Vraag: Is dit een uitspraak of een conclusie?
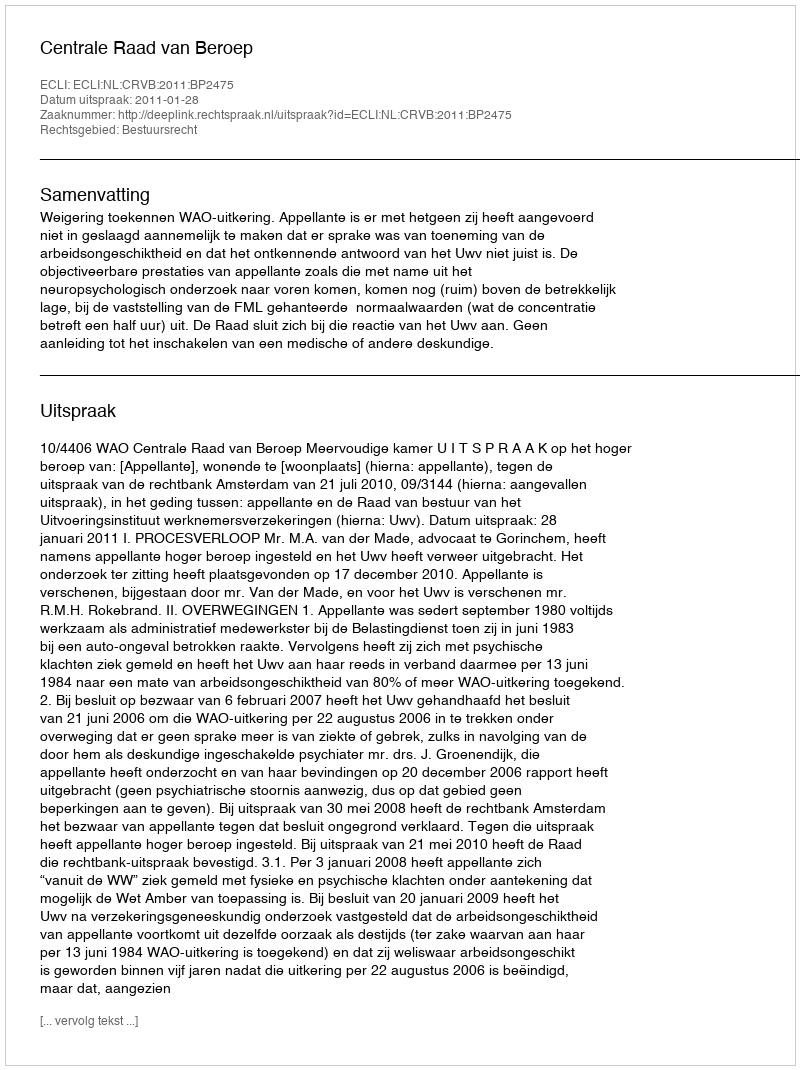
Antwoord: Uitspraak